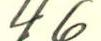
46